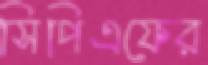
সিপিএফের